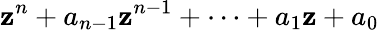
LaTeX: \mathbf{z}^{n}+a_{n-1}\mathbf{z}^{n-1}+\cdots+a_{1}\mathbf{z}+a_{0}